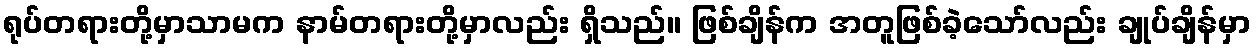
ရုပ်တရားတို့မှာသာမက နာမ်တရားတို့မှာလည်း ရှိသည်။ ဖြစ်ချိန်က အတူဖြစ်ခဲ့သော်လည်း ချုပ်ချိန်မှာ